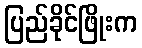
ပြည်ခိုင်ဖြိုးက